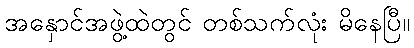
အနှောင်အဖွဲ့ထဲတွင် တစ်သက်လုံး မိနေပြီ။